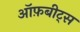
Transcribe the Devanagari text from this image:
ऑफ़बीट्स